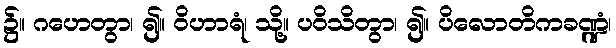
၌။ ဂဟေတွာ၊ ၍။ ဝိဟာရံ၊ သို့။ ပဝိသိတွာ၊ ၍။ ပိလောတိကခဏ္ဍံ၊